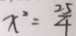
x ^ { 2 } = \frac { 2 5 } { 4 }